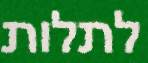
לתלות